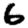
Digit: 6